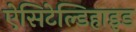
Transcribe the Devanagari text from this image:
ऐसिटेल्डिहाइड